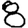
Digit: 8